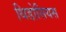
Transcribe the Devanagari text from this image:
थिडोसियस